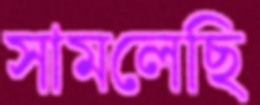
সামলেছি